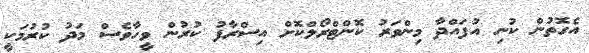
އެގޮތުން ކުނި އުފައްދާ މިންވަރު ކޮންޓްރޯލްކޮށް އިސްރާފު ކުރުން ވީހާވެސް މަދު ކުރުމަކީ